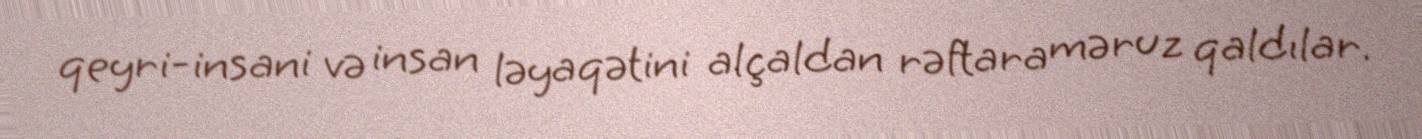
qeyri-insani və insan ləyaqətini alçaldan rəftara məruz qaldılar.